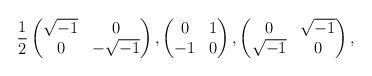
LaTeX: \begin{align*} \frac{1}{2} \begin{pmatrix} \sqrt{-1} & 0 \\ 0 & -\sqrt{-1} \end{pmatrix}, \begin{pmatrix} 0 & 1 \\ -1 & 0 \end{pmatrix}, \begin{pmatrix} 0 & \sqrt{-1} \\ \sqrt{-1} & 0 \end{pmatrix},\end{align*}